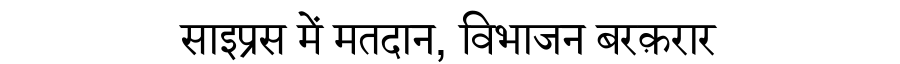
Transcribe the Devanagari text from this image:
साइप्रस में मतदान, विभाजन बरक़रार